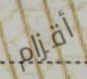
أقزام